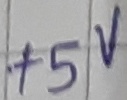
Text: +5V